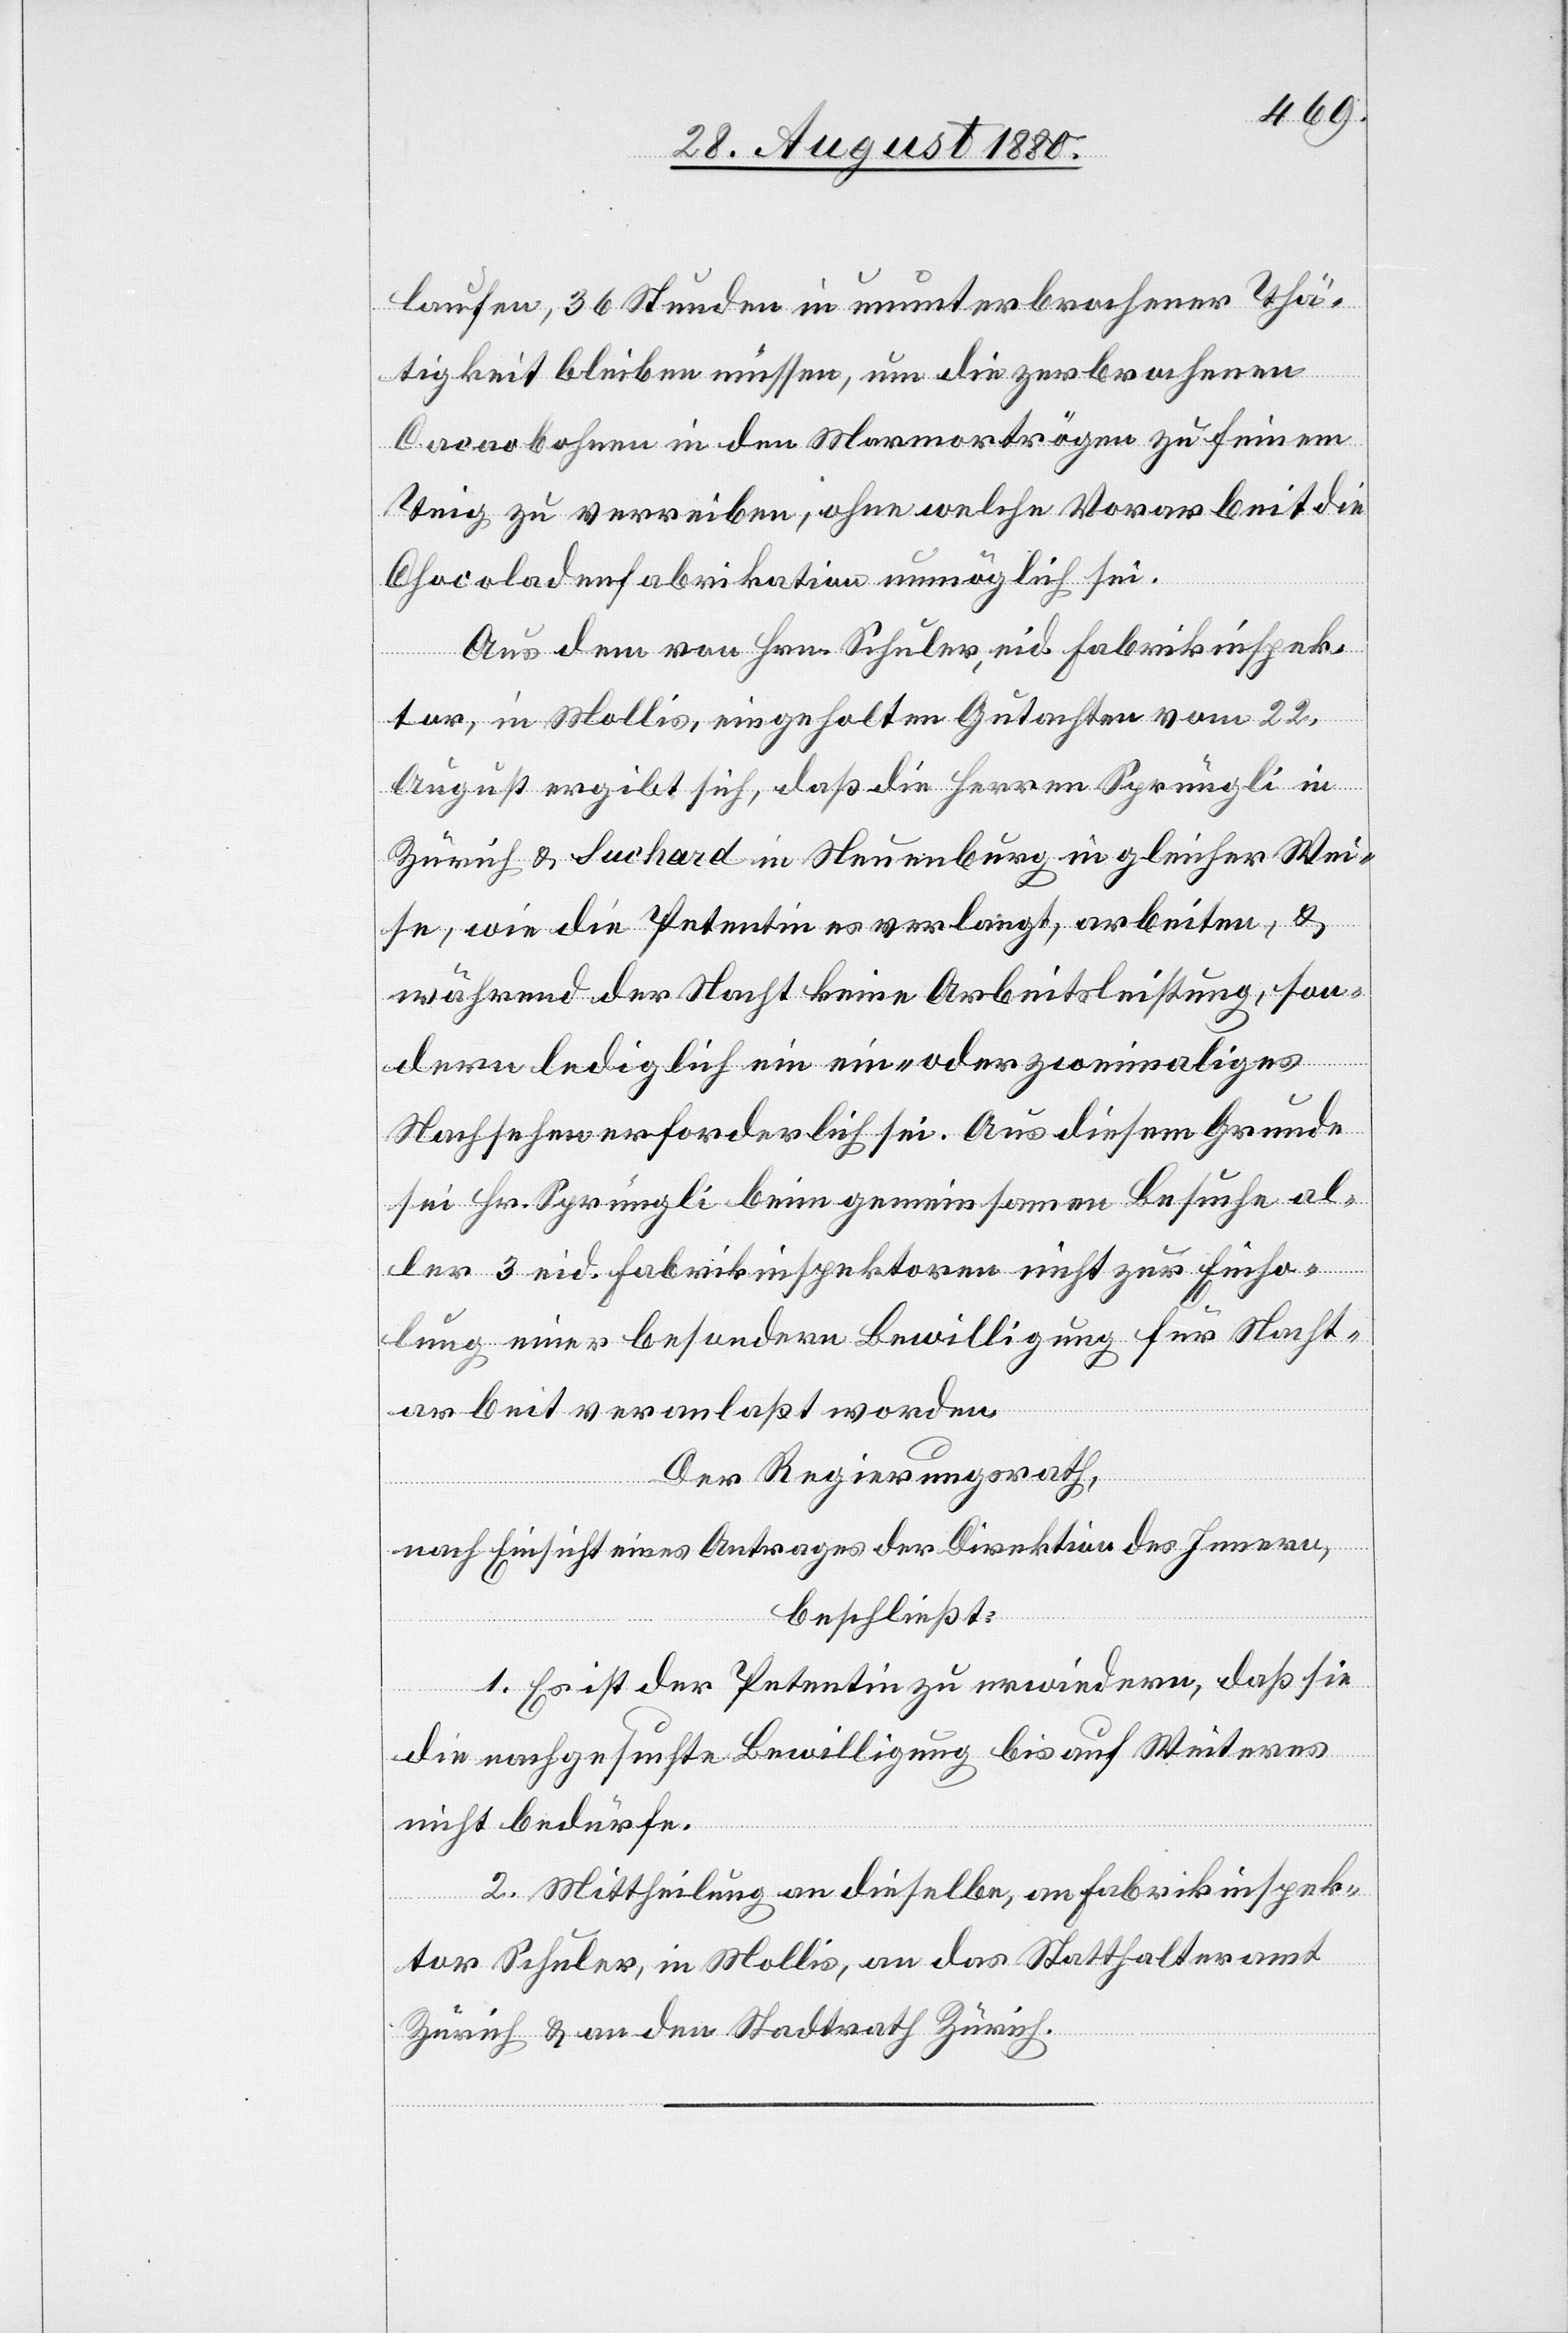
laufen, 36 Stunden in ununterbrochener Thä¬
tigkeit bleiben müssen, um die zerbrochenen
Cacaobohnen in den Marmortrögen zu feinem
Teig zu verreiben, ohne welche Vorarbeit die
Chocoladenfabrikation unmöglich sei.
Aus dem von Hrn. Schulder, eid. Fabrikinspek¬
tor, in Mollis, eingeholten Gutachten vom 22.
August ergibt sich, daß die Herren Sprüngli in
Zürich & Suchard in Neuenburg in gleicher Wei¬
se, wie die Petentin es verlangt, arbeiten, &
während der Nacht keine Arbeitsleistung, son¬
dern lediglich ein ein- oder zweimaliges
Nachsehen erforderlich sei. Aus diesem Grunde
sei Hr. Sprüngli beim gemeinsamen Besuche al¬
ler 3 eid. Fabrikinspektoren nicht zur Einho¬
lung einer besonderen Bewilligung für Nacht¬
arbeit veranlaßt worden.
Der Regierungsrath,
nach Einsicht eines Antrages der Direktion des Innern
beschließt:
1. Es ist der Petentin zu erwiedern, daß sie
die nachgesuchte Bewilligung bis auf Weiteres
nicht bedürfe.
2. Mittheilung an dieselben, an Fabrikinspek¬
tor Schuler, in Mollis, an das Statthalteramt
Zürich & an den Stadtrath Zürich.